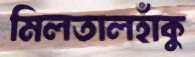
মিলতালহাঁকু